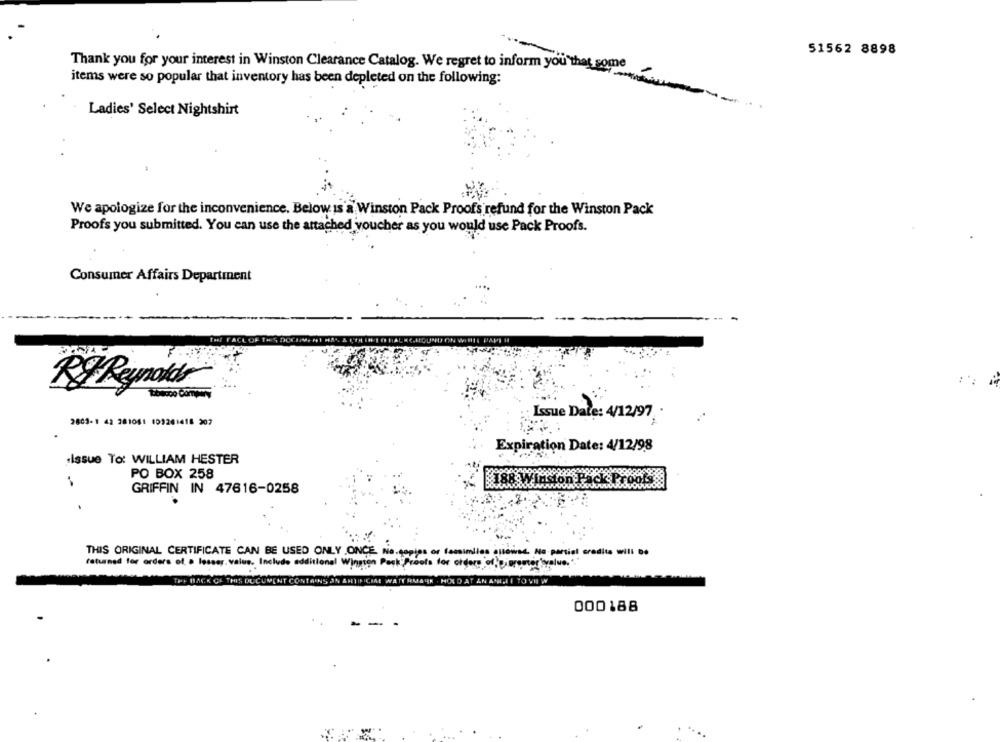
51562 8898
Thank you for your interest in Winston Clearance Catalog. We regret to inform you that some
items were so popular that inventory has been depleted on the following:
Ladies' Select Nightshirt
We apologize for the inconvenience. Below is a Winston Pack Proofs refund for the Winston Pack
Proofs you submitted. You can use the attached voucher as you would use Pack Proofs.
Consumer Affairs Department
THE FACE
R Reynolds
2802-1 42 281061 103261418 207
Issue Date: 4/12/97 .
Expiration Date: 4/12/98
Issue To: WILLIAM HESTER
PO BOX 258
GRIFFIN IN 47616-0258
188 Winston Pack Proofsde
THIS ORIGINAL CERTIFICATE CAN BE USED ONLY ONCE. No.copies or facsimiles allowed. No partial credits will Do
returned for orders of a lesser. value. Include additional Wington Pack Proofs for orders of @ proster'value. ".
AT AN AANHET TOVIEW
000188
- -